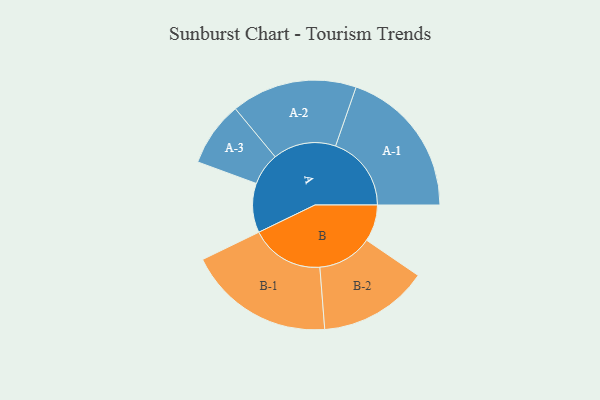
{"axis": {"x": "Segment", "y": "Value"}, "legend": ["", "A", "B"], "data": [{"x": "A", "y": 169, "type": ""}, {"x": "B", "y": 126, "type": ""}, {"x": "A-1", "y": 260, "type": "A"}, {"x": "A-2", "y": 216, "type": "A"}, {"x": "A-3", "y": 111, "type": "A"}, {"x": "B-1", "y": 252, "type": "B"}, {"x": "B-2", "y": 188, "type": "B"}]}